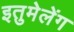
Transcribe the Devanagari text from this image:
इतुमेलेंग